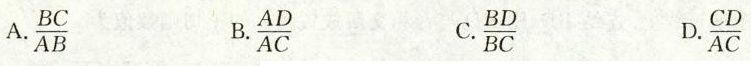
A. $$\frac{BC}{AB}$$ B.$$\frac{AD}{AC}$$ C. $$\frac{BD}{BC}$$ D.$$\frac{CD}{AC}$$